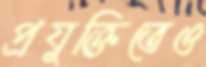
প্রযুক্তিতেও